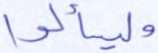
وليسألوا